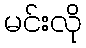
မင်းလို